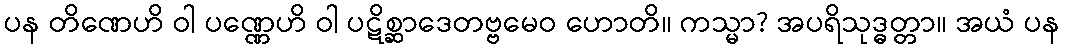
ပန တိဏေဟိ ဝါ ပဏ္ဏေဟိ ဝါ ပဋိစ္ဆာဒေတဗ္ဗမေဝ ဟောတိ။ ကသ္မာ? အပရိသုဒ္ဓတ္တာ။ အယံ ပန